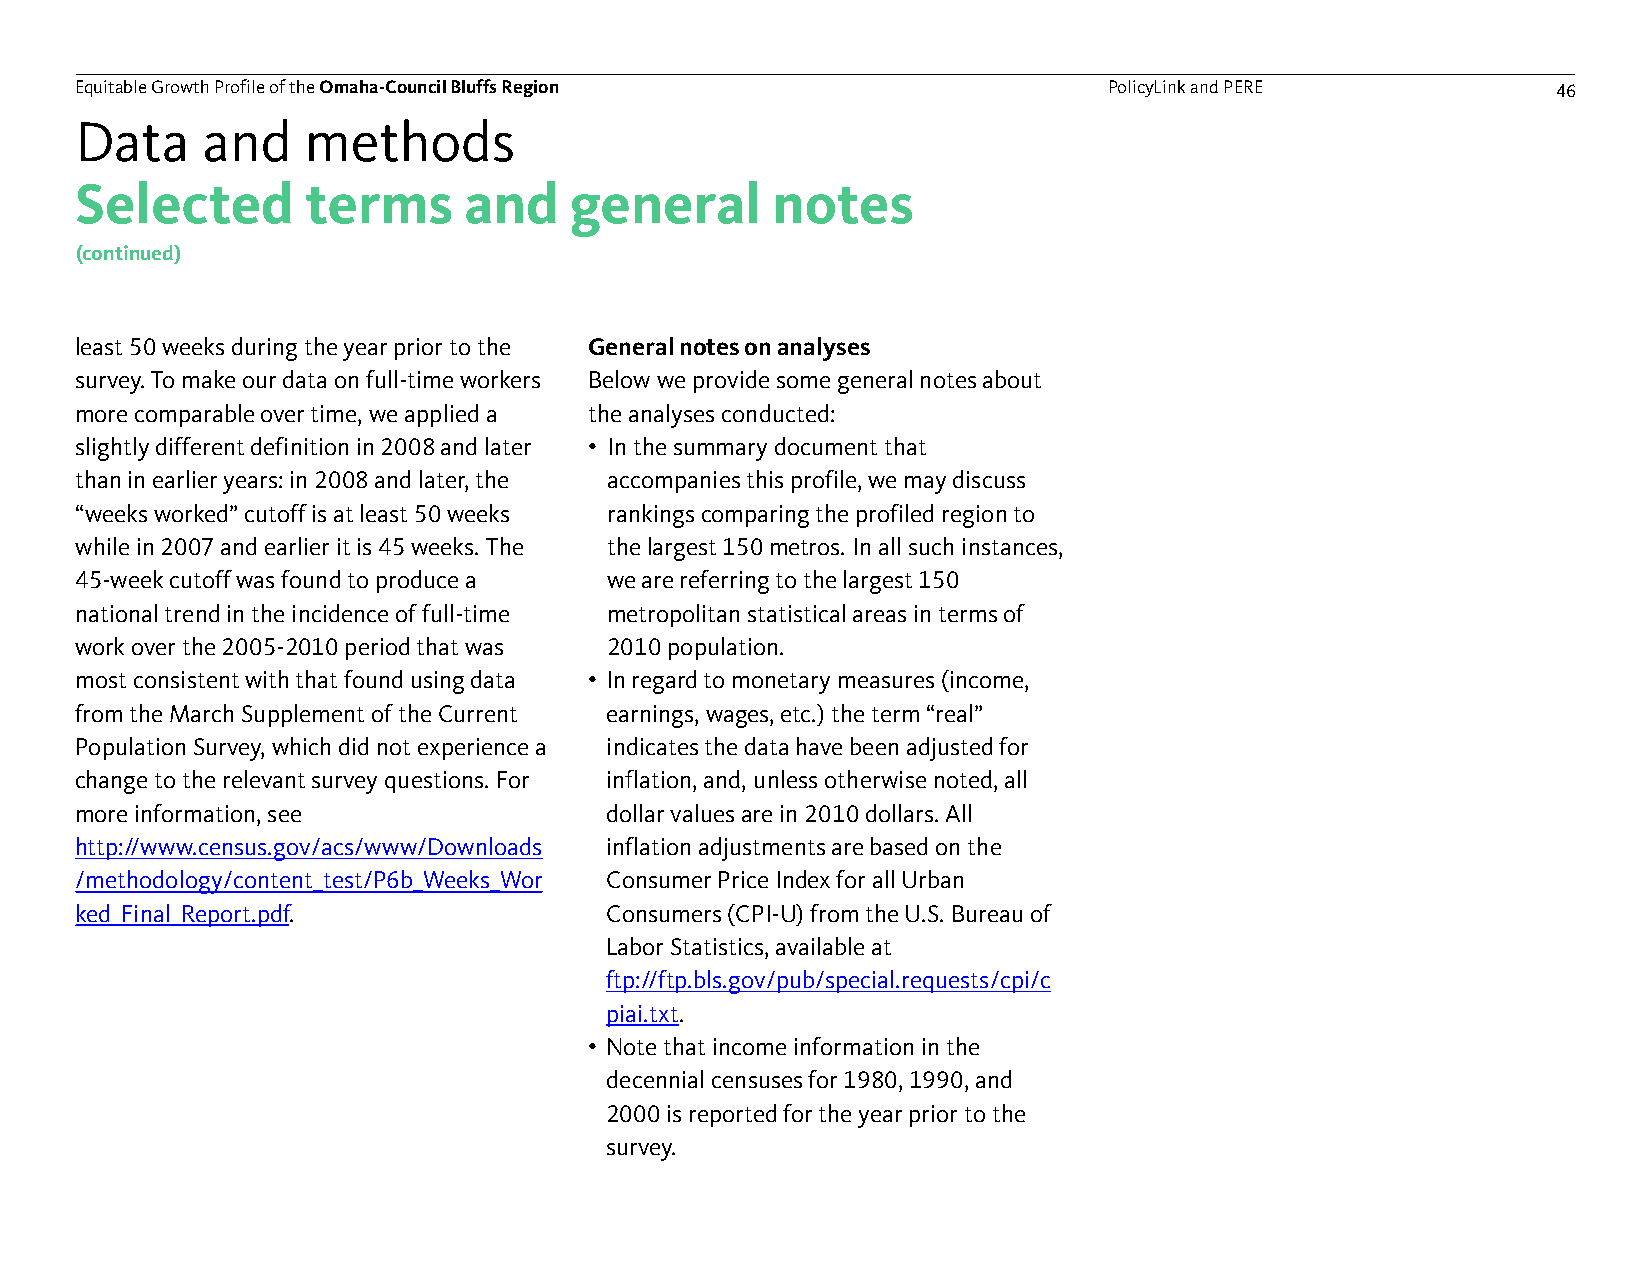
Equitable Growth Profile of theOmaha-Council Bluffs Region          PolicyLink and PERE           46
 Data    and    methods
 Selected       terms      and    general      notes
 (continued)
 least 50 weeks during the year prior to the General notes on analyses
 survey. To make our data on full-time workers Below we provide some general notes about
 more comparable over time, we applied a the analyses conducted:
 slightly different definition in 2008 and later • In the summary document that
 than in earlier years: in 2008 and later, the accompanies this profile, we may discuss
 “weeks worked” cutoff is at least 50 weeks rankings comparing the profiled region to
 while in 2007 and earlier it is 45 weeks. The the largest 150 metros. In all such instances,
 45-week cutoff was found to produce a we are referring to the largest 150
 national trend in the incidence of full-time metropolitan statistical areas in terms of
 work over the 2005-2010 period that was 2010 population.
 most consistent with that found using data • In regard to monetary measures (income,
 from the March Supplement of the Current earnings, wages, etc.) the term “real”
 Population Survey, which did not experience a indicates the data have been adjusted for
 change to the relevant survey questions. For inflation, and, unless otherwise noted, all
 more information, see              dollar values are in 2010 dollars. All
 http://www.census.gov/acs/www/Downloads inflation adjustments are based on the
 /methodology/content_test/P6b_Weeks_Wor Consumer Price Index for all Urban
 ked_Final_Report.pdf.              Consumers (CPI-U) from the U.S. Bureau of
 Labor Statistics, available at
 ftp://ftp.bls.gov/pub/special.requests/cpi/c
 piai.txt.
 • Note that income information in the
 decennial censuses for 1980, 1990, and
 2000 is reported for the year prior to the
 survey.